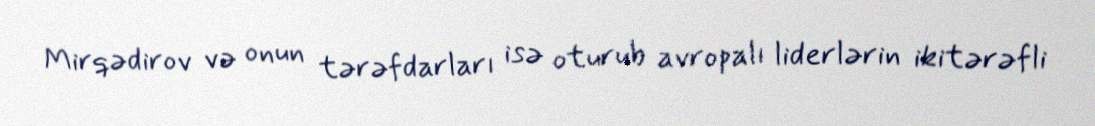
Mirqədirov və onun tərəfdarları isə oturub avropalı liderlərin ikitərəfli